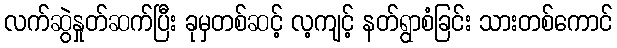
လက်ဆွဲနှုတ်ဆက်ပြီး ခုမှတစ်ဆင့် လ့ကျင့် နတ်ရွာစံခြင်း သားတစ်ကောင်